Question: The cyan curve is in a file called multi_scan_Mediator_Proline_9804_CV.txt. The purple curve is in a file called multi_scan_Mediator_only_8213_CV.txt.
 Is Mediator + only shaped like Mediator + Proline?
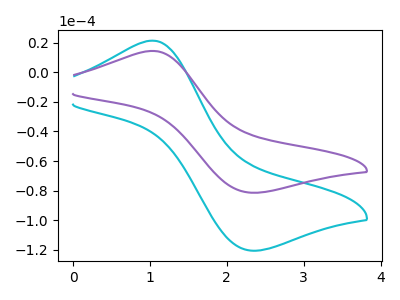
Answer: <think>The cyan curve "Mediator + Proline" has an anodic peak at (1.05V, 21.40uA) and a cathodic peak at (2.30V, -120.60uA). The purple curve "Mediator + only" has an anodic peak at (1.05V, 14.45uA) and a cathodic peak at (2.30V, -81.40uA).
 All the peaks in "Mediator + only" have a peak in "Mediator + Proline" at the same potential. Every peak in "Mediator + only" is lower than every peak in "Mediator + Proline".</think>
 <answer>"Mediator + only" and "Mediator + Proline" are similar in shape.</answer>
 <eval>same_shape</eval>